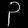
Digit: ၃